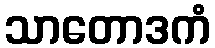
သာတောဒကံ